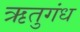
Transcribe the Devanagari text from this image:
ऋतुगंध